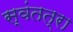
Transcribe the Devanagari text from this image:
स्वंतत्रा